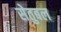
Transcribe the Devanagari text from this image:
सेतुबल